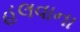
હલવાના